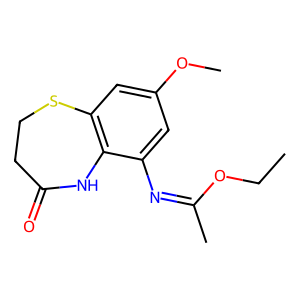
SMILES: CCOC(C)=Nc1cc(OC)cc2c1NC(=O)CCS2
Inhibits HIV replication: No